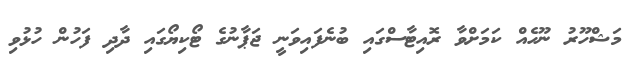
މަޝްހޫރު ނޫހެއް ކަމަށްވާ ރޮއިޓާސްގައި ބުނެފައިވަނީ ޖަޕާނުގެ ޓޯކިޔޯގައި ދާދި ފަހުން ހުޅުވި